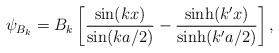
LaTeX: \begin{align*}\psi_{B_{k}} = B_{k}\left[\frac{\sin(kx)}{\sin(ka/2)}-\frac{\sinh(k'x)}{\sinh(k'a/2)}\right],\end{align*}